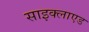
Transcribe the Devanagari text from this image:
साइक्लाएड